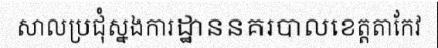
សាលប្រជុំស្នងការដ្ឋាននគរបាលខេត្តតាកែវ